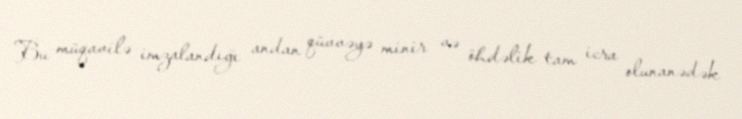
Bu müqavilə imzalandığı andan qüvvəyə minir və öhdəlik tam icra olunanədək